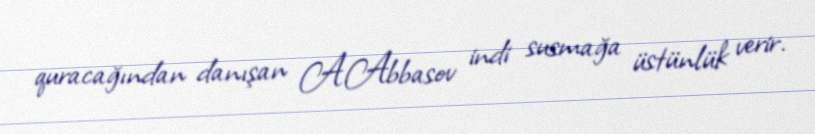
quracağından danışan A.Abbasov indi susmağa üstünlük verir.